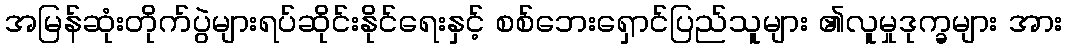
အမြန်ဆုံးတိုက်ပွဲများရပ်ဆိုင်းနိုင်ရေးနှင့် စစ်ဘေးရှောင်ပြည်သူများ ၏လူမှုဒုက္ခများ အား